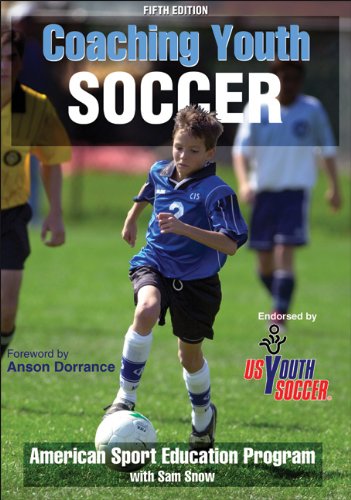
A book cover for Coaching Youth Soccer-5th Edition; American Sport Education Program; Sports & Outdoors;